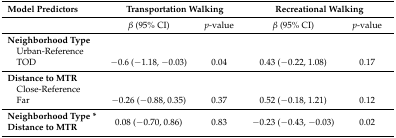
<table><thead><tr><td><b>Model Predictors</b></td><td colspan="2"><b>Transportation Walking</b></td><td colspan="2"><b>Recreational Walking</b></td></tr></thead><tbody><tr><td></td><td><i>β</i> (95% CI)</td><td><i>p</i>-value</td><td><i>β</i> (95% CI)</td><td><i>p</i>-value</td></tr><tr><td><b>Neighborhood Type</b></td><td></td><td></td><td></td><td></td></tr><tr><td> Urban-Reference</td><td></td><td></td><td></td><td></td></tr><tr><td> TOD</td><td>−0.6 (−1.18, −0.03)</td><td>0.04</td><td>0.43 (−0.22, 1.08)</td><td>0.17</td></tr><tr><td><b>Distance to MTR</b></td><td></td><td></td><td></td><td></td></tr><tr><td> Close-Reference</td><td></td><td></td><td></td><td></td></tr><tr><td> Far</td><td>−0.26 (−0.88, 0.35)</td><td>0.37</td><td>0.52 (−0.18, 1.21)</td><td>0.12</td></tr><tr><td><b>Neighborhood Type * Distance to MTR</b></td><td>0.08 (−0.70, 0.86)</td><td>0.83</td><td>−0.23 (−0.43, −0.03)</td><td>0.02</td></tr></tbody></table>